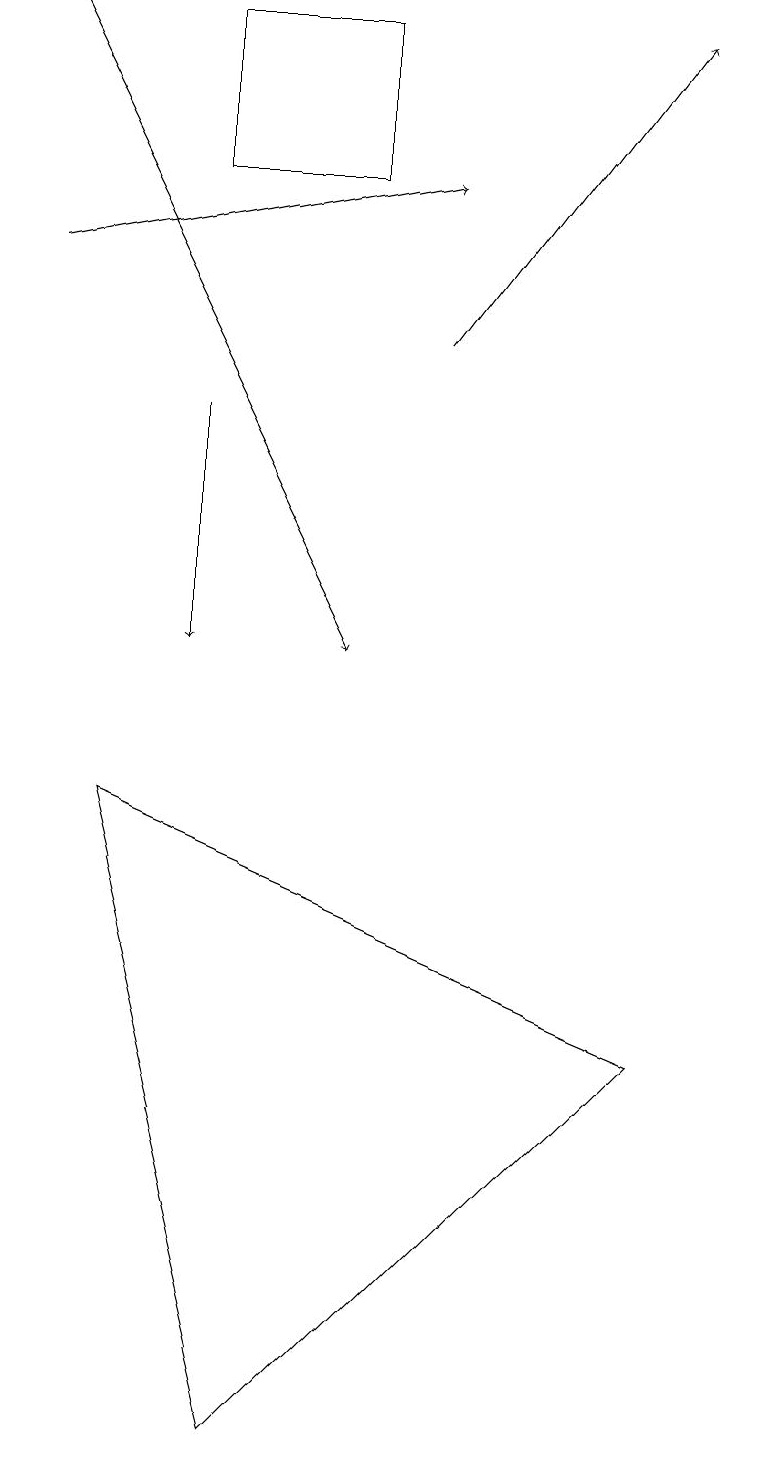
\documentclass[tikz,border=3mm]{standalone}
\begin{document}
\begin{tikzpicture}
\draw[->] (5,15) -- (8,19);
\draw[->] (2,14) -- (2,11);
\draw (2,17) rectangle (4,19);
\draw[->] (0,19) -- (4,11);
\draw (3,1) -- (1,9) -- (8,6) -- cycle;
\draw[->] (0,16) -- (5,17);
\draw[->] (9,16) -- (9,18);
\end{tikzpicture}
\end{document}